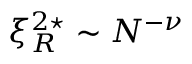
\xi _ { R } ^ { 2 \star } \sim N ^ { - \nu }